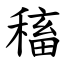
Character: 稸